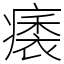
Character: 㿆